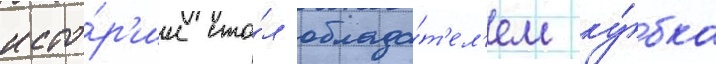
исто́р'ии ста́л облада́т'ел'ем ку́бка